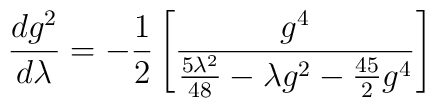
\frac{d g^2}{d\lambda}  =  - \frac{1}{2} \left[ \frac{g^4}{\frac{5 \lambda^2}{48} - \lambda g^2 - \frac{45}{2} g^4} \right]